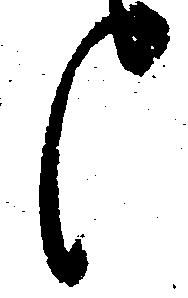
候